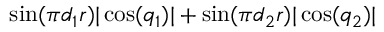
\sin ( { { \pi d _ { 1 } } \o { r } } ) | \cos ( q _ { 1 } ) | + \sin ( { { \pi d _ { 2 } } \o { r } } ) | \cos ( q _ { 2 } ) |